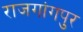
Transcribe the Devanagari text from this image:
राजगांगपुर